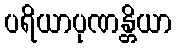
ပရိယာပုဏန္တိယာ